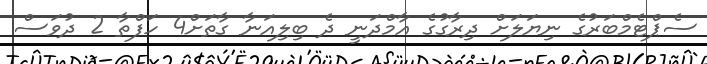
ސެޕްޓެމްބަރުގެ ނިޔަލަށް ދިރާގުގެ އާމްދަނީ ދެ ބިލިއަނާ ގާތަށް4 ހަފްތާ 2 ދުވަސް